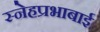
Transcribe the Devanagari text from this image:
स्नेहप्रभाबाई